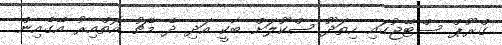
ގްރޫޕް ސްޓޭޖުގައި ހިތަދޫ ސްކޫލަށް ބާކީ އަދި ދެ މެޗު އޮތްއިރު އޭގެއިން